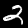
Digit: 2